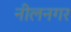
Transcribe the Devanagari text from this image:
नीलनगर